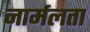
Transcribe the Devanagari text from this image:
नार्मलता